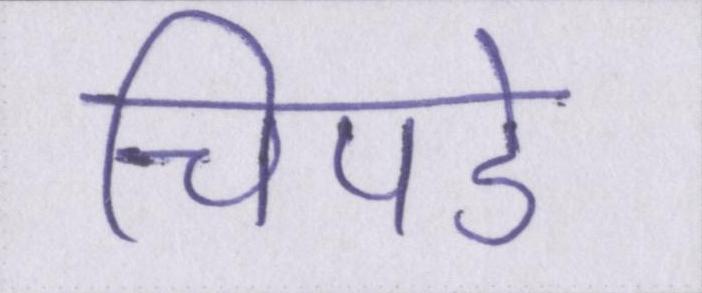
चिपडे